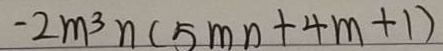
- 2 m ^ { 3 } n ( 5 m n + 4 m + 1 )